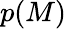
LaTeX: p(M)